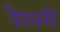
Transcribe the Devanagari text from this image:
पैरवरी